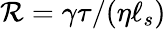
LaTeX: \mathcal{R}=\gamma\tau/(\eta\ell_{s})